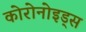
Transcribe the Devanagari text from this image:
कोरोनोइड्स